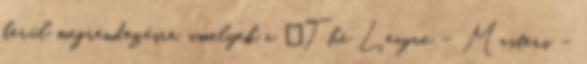
kerül megrendezésre, amelyek a „The League – Masters –